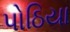
પોઠિયા